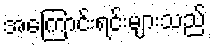
အကြောင်းရင်းများသည်